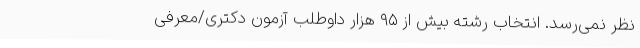
نظر نمی‌رسد. انتخاب رشته بیش از ۹۵ هزار داوطلب آزمون دکتری/معرفی